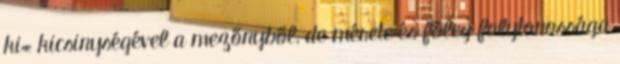
ki« kicsinységével a mezőnyből, de mérete és főleg folytonossága